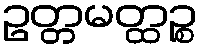
ဥတ္တမတ္ထဉ္စ